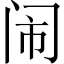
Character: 闹